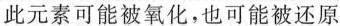
此元素可能被氧化，也可能被还原